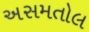
અસમતોલ